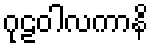
ဂုဠဝါလကာနိ